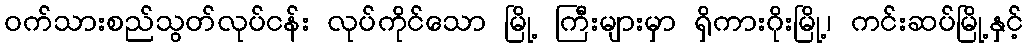
ဝက်သားစည်သွတ်လုပ်ငန်း လုပ်ကိုင်သော မြို့ ကြီးများမှာ ရှိကားဂိုးမြို့၊ ကင်းဆပ်မြို့နှင့်